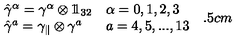
\begin{array} { l l } { \hat { \gamma } ^ { \alpha } = \gamma ^ { \alpha } \otimes 1 \! \! 1 _ { 3 2 } } & { \alpha = 0 , 1 , 2 , 3 } \\ { \hat { \gamma } ^ { a } = \gamma _ { \parallel } \otimes \gamma ^ { a } } & { a = 4 , 5 , . . . , 1 3 } \\ \end{array} \hspace { 5 . 5 c m }